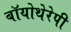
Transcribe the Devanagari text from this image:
बॉयोथेरेपी